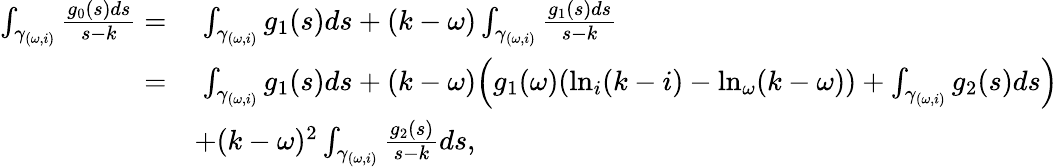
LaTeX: \begin{array}{rl}{\int_{\gamma_{(\omega,i)}}\frac{g_{0}(s)ds}{s-k}=}&{\; \int_{\gamma_{(\omega,i)}}g_{1}(s)ds+(k-\omega)\int_{\gamma_{(\omega,i)}}\frac{g_{1}(s)ds}{s-k}}\\ {=}&{\; \int_{\gamma_{(\omega,i)}}g_{1}(s)ds+(k-\omega)\Big(g_{1}(\omega)(\ln_{i}(k-i)-\ln_{\omega}(k-\omega))+\int_{\gamma_{(\omega,i)}}g_{2}(s)ds\Big)}\\ &{+(k-\omega)^{2}\int_{\gamma_{(\omega,i)}}\frac{g_{2}(s)}{s-k}ds,}\end{array}